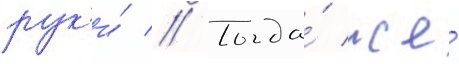
рук'и́ // Тогда́ же́